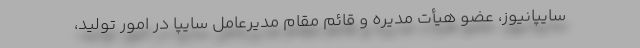
سایپانیوز، عضو هيأت مديره و قائم مقام مديرعامل سایپا در امور توليد،